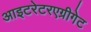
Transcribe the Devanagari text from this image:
आइटरेटरएग्रीगेट